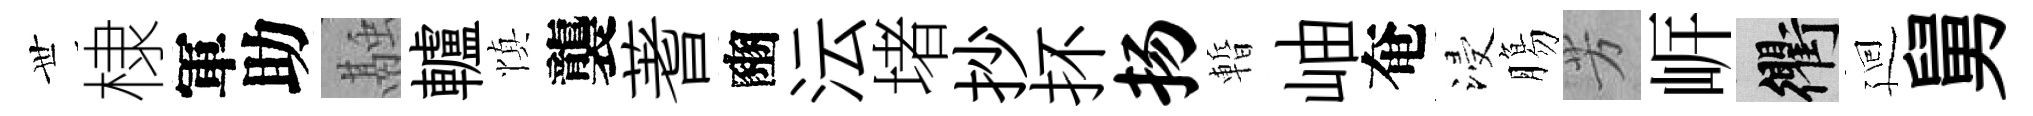
𠀍棣軍助融轤慎襲蓍豳沄堵抄抔扬暫岫奄浸膓芳㟁衢廻舅